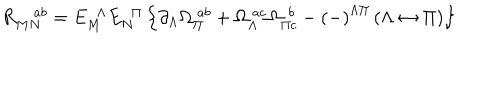
R _ { M N } ^ { a b } = E _ { M } ^ { \ \ \Lambda } E _ { N } ^ { \ \ \Pi } \left\{ \partial _ { \Lambda } \Omega _ { \Pi } ^ { \ a b } + \Omega _ { \Lambda } ^ { \ a c } \Omega _ { \Pi c } ^ { \ \, b } - \left( - \right) ^ { \Lambda \Pi } \left( \Lambda \leftrightarrow \Pi \right) \right\}